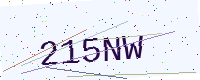
Text: 215NW